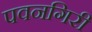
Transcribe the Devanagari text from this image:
पवनगिरी